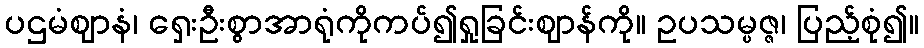
ပဌမံဈာနံ၊ ရှေးဦးစွာအာရုံကိုကပ်၍ရှုခြင်းဈာန်ကို။ ဥပသမ္ပဇ္ဇ၊ ပြည့်စုံ၍။